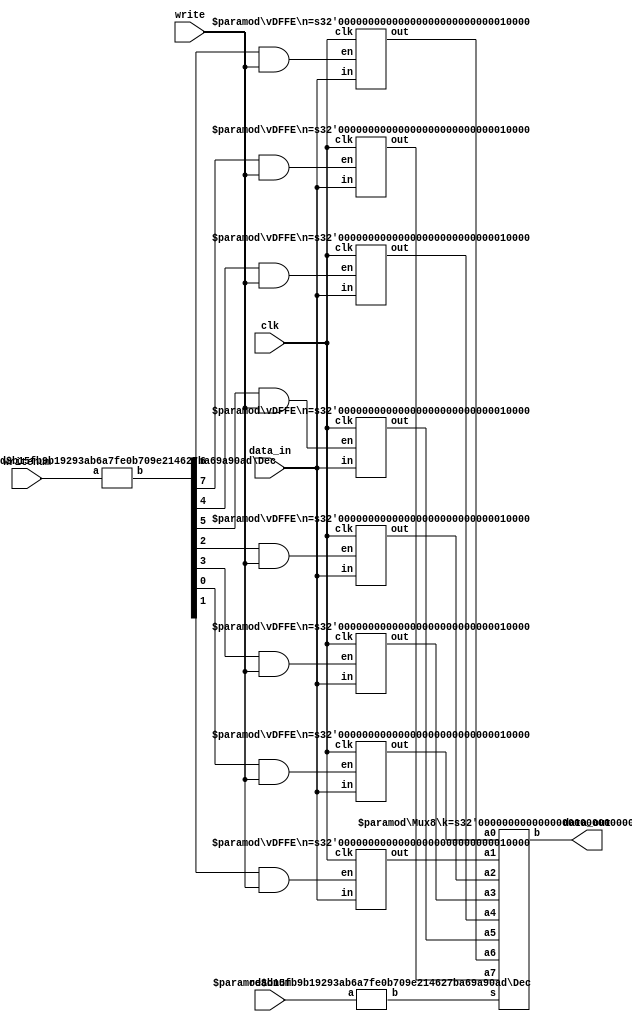


module regfile(data_in,writenum,write,readnum,clk,data_out);

//Ins/Outs
    input [15:0] data_in;
    input [2:0] writenum, readnum;
    input write, clk;
    output [15:0] data_out;

//Wires
  //wire from the decoder to And gates
    wire [7:0] decToAnd;
   //wires from the And gates to register
    wire [7:0] andToReg= {decToAnd[7]&write, decToAnd[6]&write,
                        decToAnd[5]&write,decToAnd[4]&write,
                        decToAnd[3]&write,decToAnd[2]&write,
                        decToAnd[1]&write,decToAnd[0]&write};
  //wires form the registers to the multiplexer
    wire [15:0] R7, R6,
                R5, R4,
                R3, R2,
                R1, R0;
    wire [7:0] decToMux;

//different Modules

  //initialized the input decoder
  Dec #(3,8) DecIn(writenum,decToAnd);

  //instantiating the registers
  vDFFE #(16) REG7(clk,andToReg[7],data_in,R7);
  vDFFE #(16) REG6(clk,andToReg[6],data_in,R6);
  vDFFE #(16) REG5(clk,andToReg[5],data_in,R5);
  vDFFE #(16) REG4(clk,andToReg[4],data_in,R4);
  vDFFE #(16) REG3(clk,andToReg[3],data_in,R3);
  vDFFE #(16) REG2(clk,andToReg[2],data_in,R2);
  vDFFE #(16) REG1(clk,andToReg[1],data_in,R1);
  vDFFE #(16) REG0(clk,andToReg[0],data_in,R0);

  //decoder for input to the multiplexer
  Dec #(3,8) DecMux(readnum,decToMux);

  //mux for the outputs from the registers
  Mux8 #(16) MuxOut(R7,R6, //register inputs
                    R5,R4,
                    R3,R2,
                    R1,R0,
                     decToMux //select
                     , data_out) ; //output


endmodule



//-----------------Modules Used--------------------------------//

// a - binary input   (n bits wide)
// b - one hot output (m bits wide)
module Dec(a, b) ;
  parameter n=2 ;
  parameter m=4 ;

  input  [n-1:0] a ;
  output [m-1:0] b ;

  wire [m-1:0] b = 1 << a ;
endmodule


//REGISTER with load enable
module vDFFE(clk, en, in, out) ;
  parameter n = 1;  // width
  input clk, en ;
  input  [n-1:0] in ;
  output [n-1:0] out ;
  reg    [n-1:0] out ;
  wire   [n-1:0] next_out ;

  assign next_out = en ? in : out;

  always @(posedge clk)
    out = next_out;
endmodule



//multiplexer 1-hot
module Mux8(a7, a6, a5, a4, a3, a2, a1, a0, s, b) ;//s is select, b is output
  parameter k = 1 ;
  input [k-1:0] a7, a6, a5, a4, a3, a2, a1, a0;  // inputs
  input [7:0]   s ; // one-hot select
  output[k-1:0] b ;
  reg [k-1:0] b ;

  always @(*) begin
    case(s)
      8'b00000001: b = a0 ;
      8'b00000010: b = a1 ;
      8'b00000100: b = a2 ;
      8'b00001000: b = a3 ;
      8'b00010000: b = a4 ;
      8'b00100000: b = a5 ;
      8'b01000000: b = a6 ;
      8'b10000000: b = a7 ;
      default: b =  {k{1'bx}} ;
    endcase
  end
endmodule